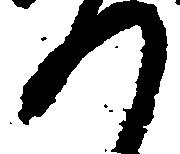
つ